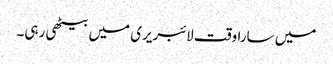
میں سارا وقت لائبریری میں بیٹھی رہی۔